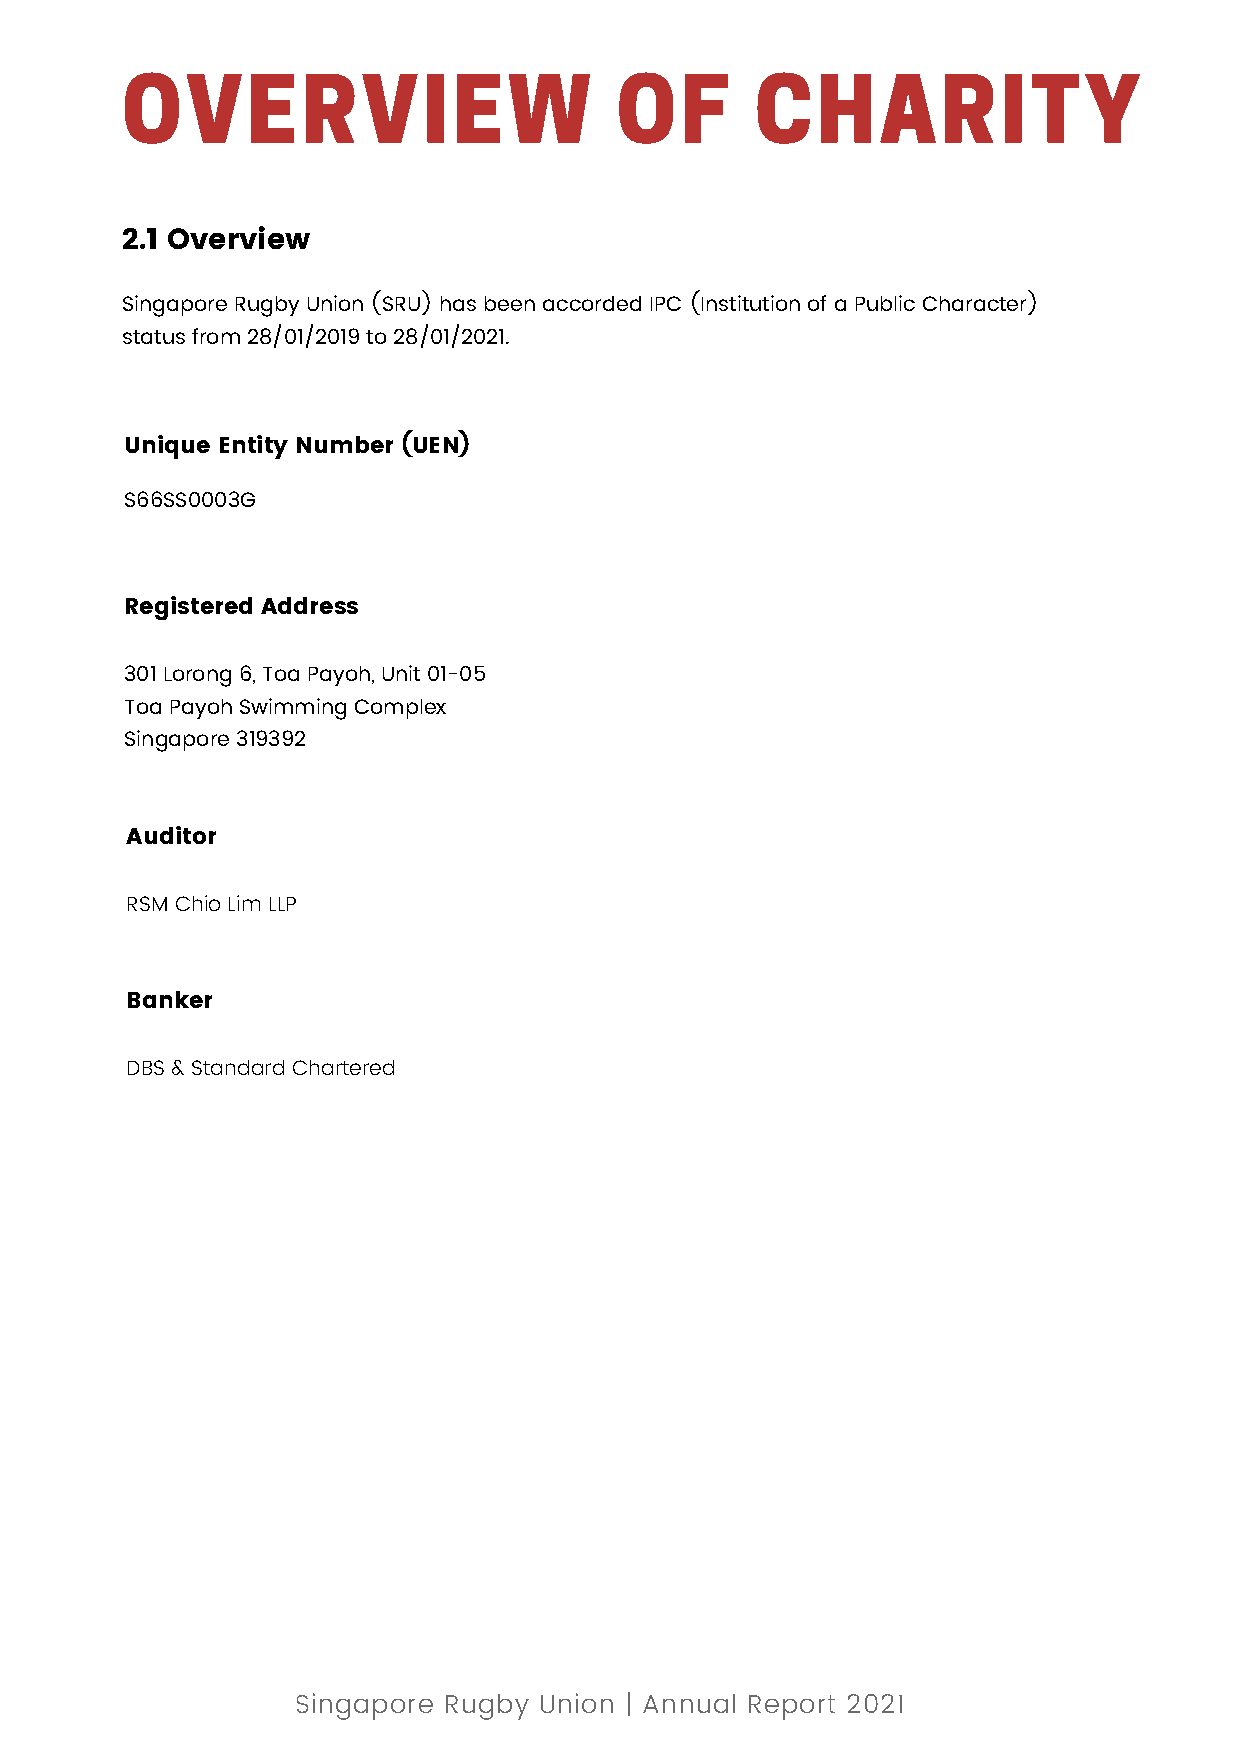
OVERVIEW                         OF       CHARITY
 2.1 Overview
 Singapore Rugby Union (SRU) has been accorded IPC (Institution of a Public Character)
 status from 28/01/2019 to 28/01/2021.
 Unique Entity Number (UEN)
 S66SS0003G
 Registered Address
 301 Lorong 6, Toa Payoh, Unit 01-05
 Toa Payoh Swimming Complex
 Singapore 319392
 Auditor
 RSM Chio Lim LLP
 Banker
 DBS & Standard Chartered
 Singapore Rugby  Union | Annual Report 2021